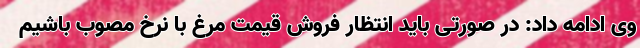
وی ادامه داد: در صورتی باید انتظار فروش قیمت مرغ با نرخ مصوب باشیم